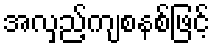
အလှည့်ကျစနစ်ဖြင့်